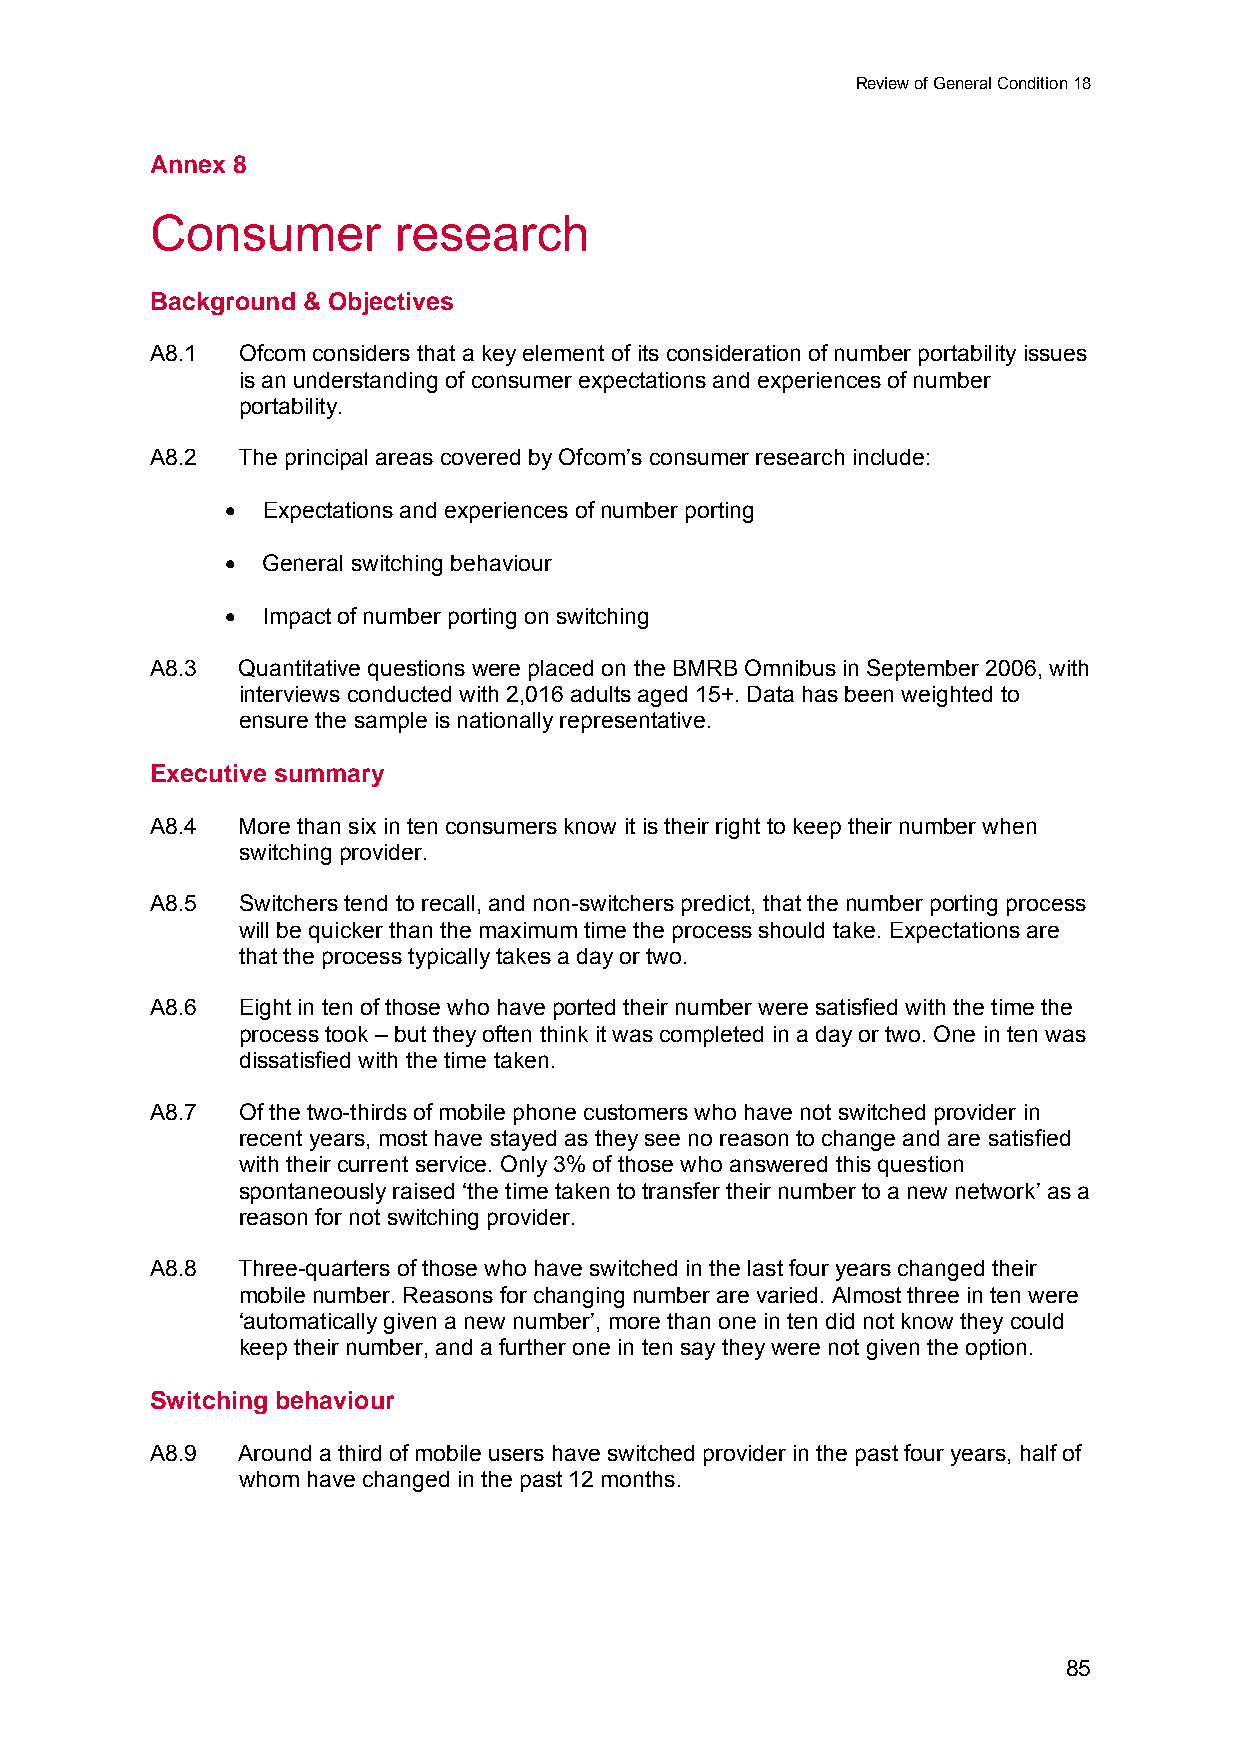
Review of General Condition 18
 Annex 8
 8    Consumer        research
 Background & Objectives
 A8.1  Ofcom considers that a key element of its consideration of number portability issues
 is an understanding of consumer expectations and experiences of number
 portability.
 A8.2  The principal areas covered by Ofcom’s consumer research include:
 • Expectations and experiences of number porting
 • General switching behaviour
 • Impact of number porting on switching
 A8.3  Quantitative questions were placed on the BMRB Omnibus in September 2006, with
 interviews conducted with 2,016 adults aged 15+. Data has been weighted to
 ensure the sample is nationally representative.
 Executive summary
 A8.4  More than six in ten consumers know it is their right to keep their number when
 switching provider.
 A8.5  Switchers tend to recall, and non-switchers predict, that the number porting process
 will be quicker than the maximum time the process should take. Expectations are
 that the process typically takes a day or two.
 A8.6  Eight in ten of those who have ported their number were satisfied with the time the
 process took – but they often think it was completed in a day or two. One in ten was
 dissatisfied with the time taken.
 A8.7  Of the two-thirds of mobile phone customers who have not switched provider in
 recent years, most have stayed as they see no reason to change and are satisfied
 with their current service. Only 3% of those who answered this question
 spontaneously raised ‘the time taken to transfer their number to a new network’ as a
 reason for not switching provider.
 A8.8  Three-quarters of those who have switched in the last four years changed their
 mobile number. Reasons for changing number are varied. Almost three in ten were
 ‘automatically given a new number’, more than one in ten did not know they could
 keep their number, and a further one in ten say they were not given the option.
 Switching behaviour
 A8.9  Around a third of mobile users have switched provider in the past four years, half of
 whom have changed in the past 12 months.
 85